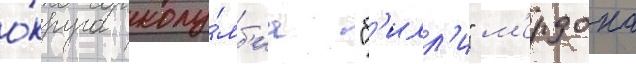
о́круга колу́мб'иа "б'илл'и" м'ердока